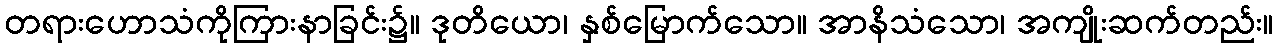
တရားဟောသံကိုကြားနာခြင်း၌။ ဒုတိယော၊ နှစ်မြောက်သော။ အာနိသံသော၊ အကျိုးဆက်တည်း။